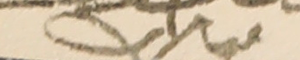
مبارك